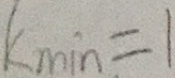
K \min = 1